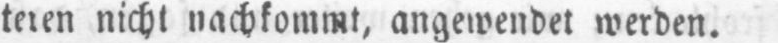
teren nicht nachkommt, angewendet werden.